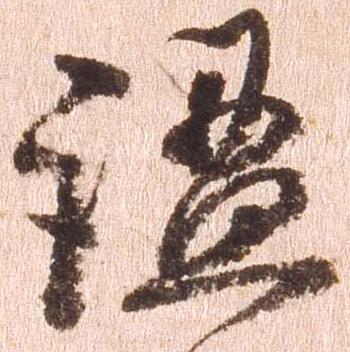
謐